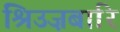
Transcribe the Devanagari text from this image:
श्रिउज़बारि